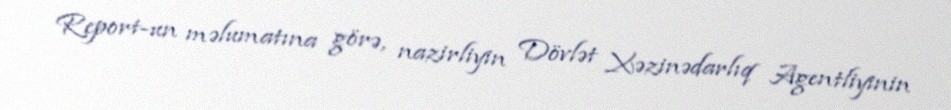
Report-un məlumatına görə, nazirliyin Dövlət Xəzinədarlıq Agentliyinin